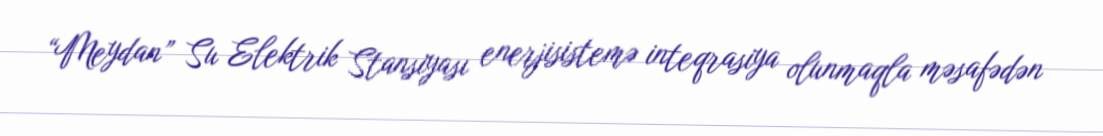
“Meydan” Su Elektrik Stansiyası enerjisistemə inteqrasiya olunmaqla məsafədən